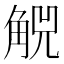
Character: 𧣶